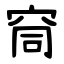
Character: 䆚